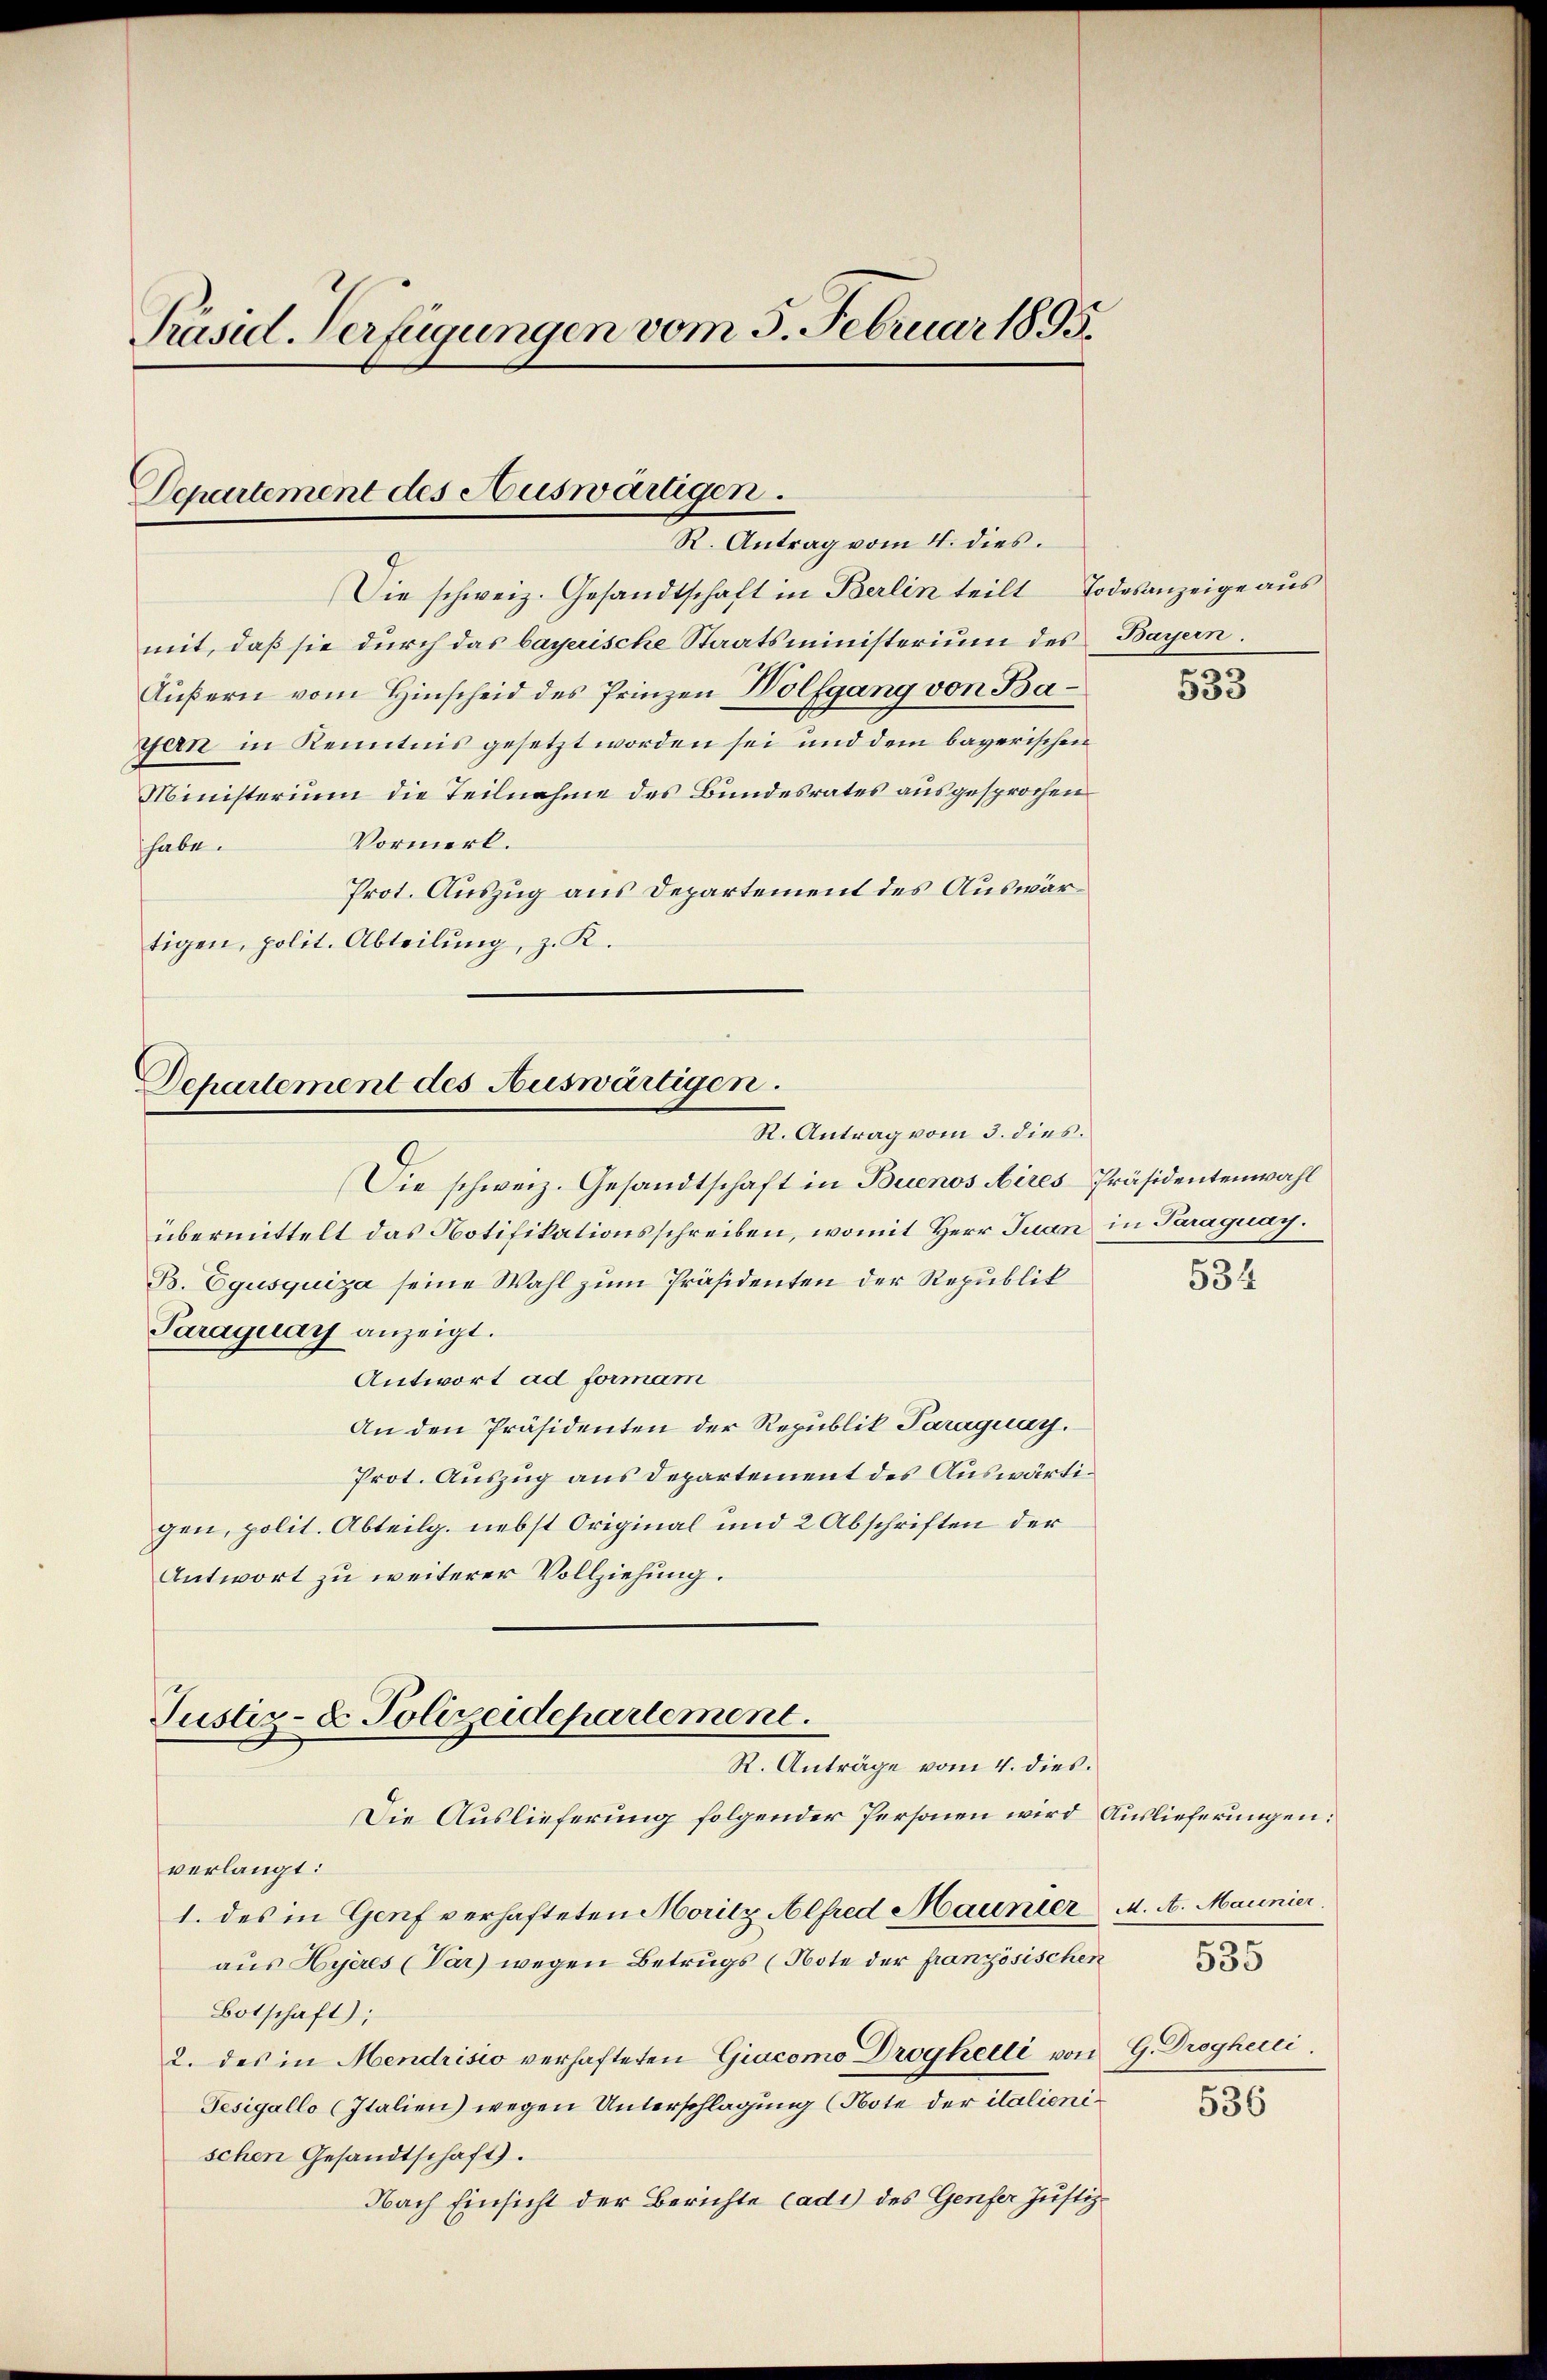
Präsid. Verfügungen vom 5. Februar 1895.

Separtement des Auswärtigen.
R. Antrag vom 4. dies.

Die schweiz. Gesandtschaft in Berlin teilt Todesanzeige aŭs
mit, daß sie durch das bayerische Staatsministerium des Bayern.
Äußern vom Hinscheid des Prinzen Wolfgang von Bagfern in Kenntnis gesetzt worden sei und dem bayerischen
Ministerium die Teilnahme des Bundesrates ausgesprochen
Vormerk.
habe.
Prot. Auszug aus Departement des Auswärtigen, polit. Abteilŭng, z. R.

Dchartement des Auswärtigen.
R. Antrag vom 3. dies.

Die schweiz. Gesandtschaft in Buenos Aires Präsidentenwahl
übermittelt das Notifikationsschreiben, womit Herr Juan in Paraguay.
B. Egusquiza seine Wahl zum Präsidenten der Republik
Paraguay anzeigt.
Antwort ad formam
An den Präsidenten der Republik Paraguay.
Prot. Auszug aus Departement des Auswärtigen, polit. Abteilg. nebst Original und 2 Abschriften der
Antwort zu weiterer Vollziehung.
Justiz- & Polizeidepartement.
R. Anträge vom 4. dies.
Die Auslieferung folgender Personen wird Auslieferungen:
verlangt:
1. des in Genf verhafteten Moritz Alfred Mauner M. A. Maunier.
aus Hyères (Var) wegen Betrugs (Note der französischen
Botschaft);
2. des in Mendrisio verhafteten Giacomo Droghelli von G. Droghecci
Tesigallo (Italien) wegen Unterschlagung (Note der italienischen Gesandtschaft).
Nach Einsicht der Berichte (ad1) des Genfer Justiz-

533

534

535
536